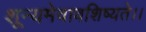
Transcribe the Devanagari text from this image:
शून्यमेवावशिष्यते।।